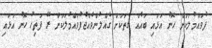
ފުވައްމުލަކަށް ހޮނު އަޅައި ބައެއް ގެތަކަށް ގެއްލުންވެއްޖެފުވައްމުލަކަށް ރޭ ފަތިހު ހޮނު އަޅައި